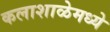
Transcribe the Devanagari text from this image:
कलाशाळेमध्ये